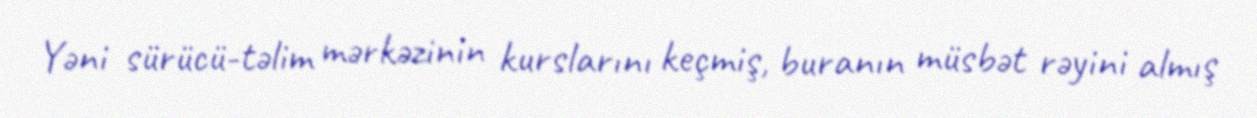
Yəni sürücü-təlim mərkəzinin kurslarını keçmiş, buranın müsbət rəyini almış